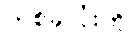
တစ်ခုလုံးကို